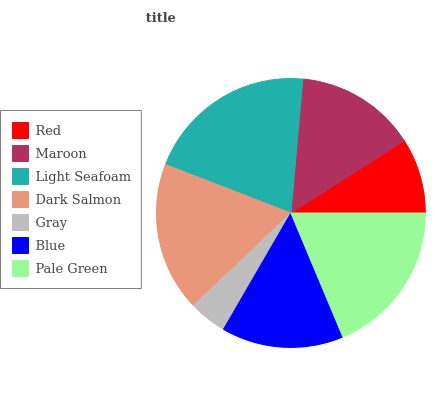
| Red | Maroon | Light Seafoam | Dark Salmon | Gray | Blue | Pale Green |
 | --- | --- | --- | --- | --- | --- | --- |
 | 9.04% | 14.6% | 20.5% | 18% | 4.57% | 14.7% | 18.6% |